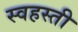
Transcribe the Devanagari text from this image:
स्वहस्ती